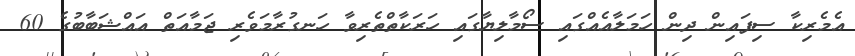
އެމެރިކާ ސިފައިން ދިން ހަމަލާއެއްގައި ސޯމާލިޔާގައި ހަރަކާތްތެރިވާ ހަނގުރާމަވެރި ޖަމާއަތް އައްޝަބާބުގެ 60